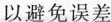
以避免误差